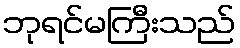
ဘုရင်မကြီးသည်